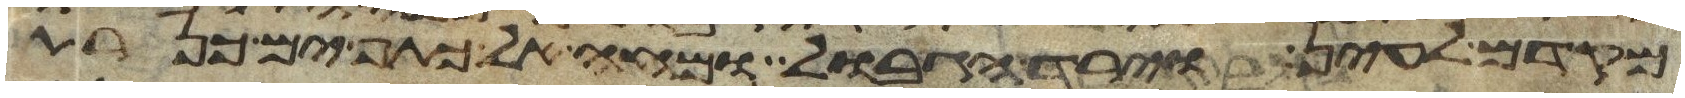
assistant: מקדם לעין וירד הגבול ומחה אל כתף ים כנרת